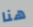
هنا